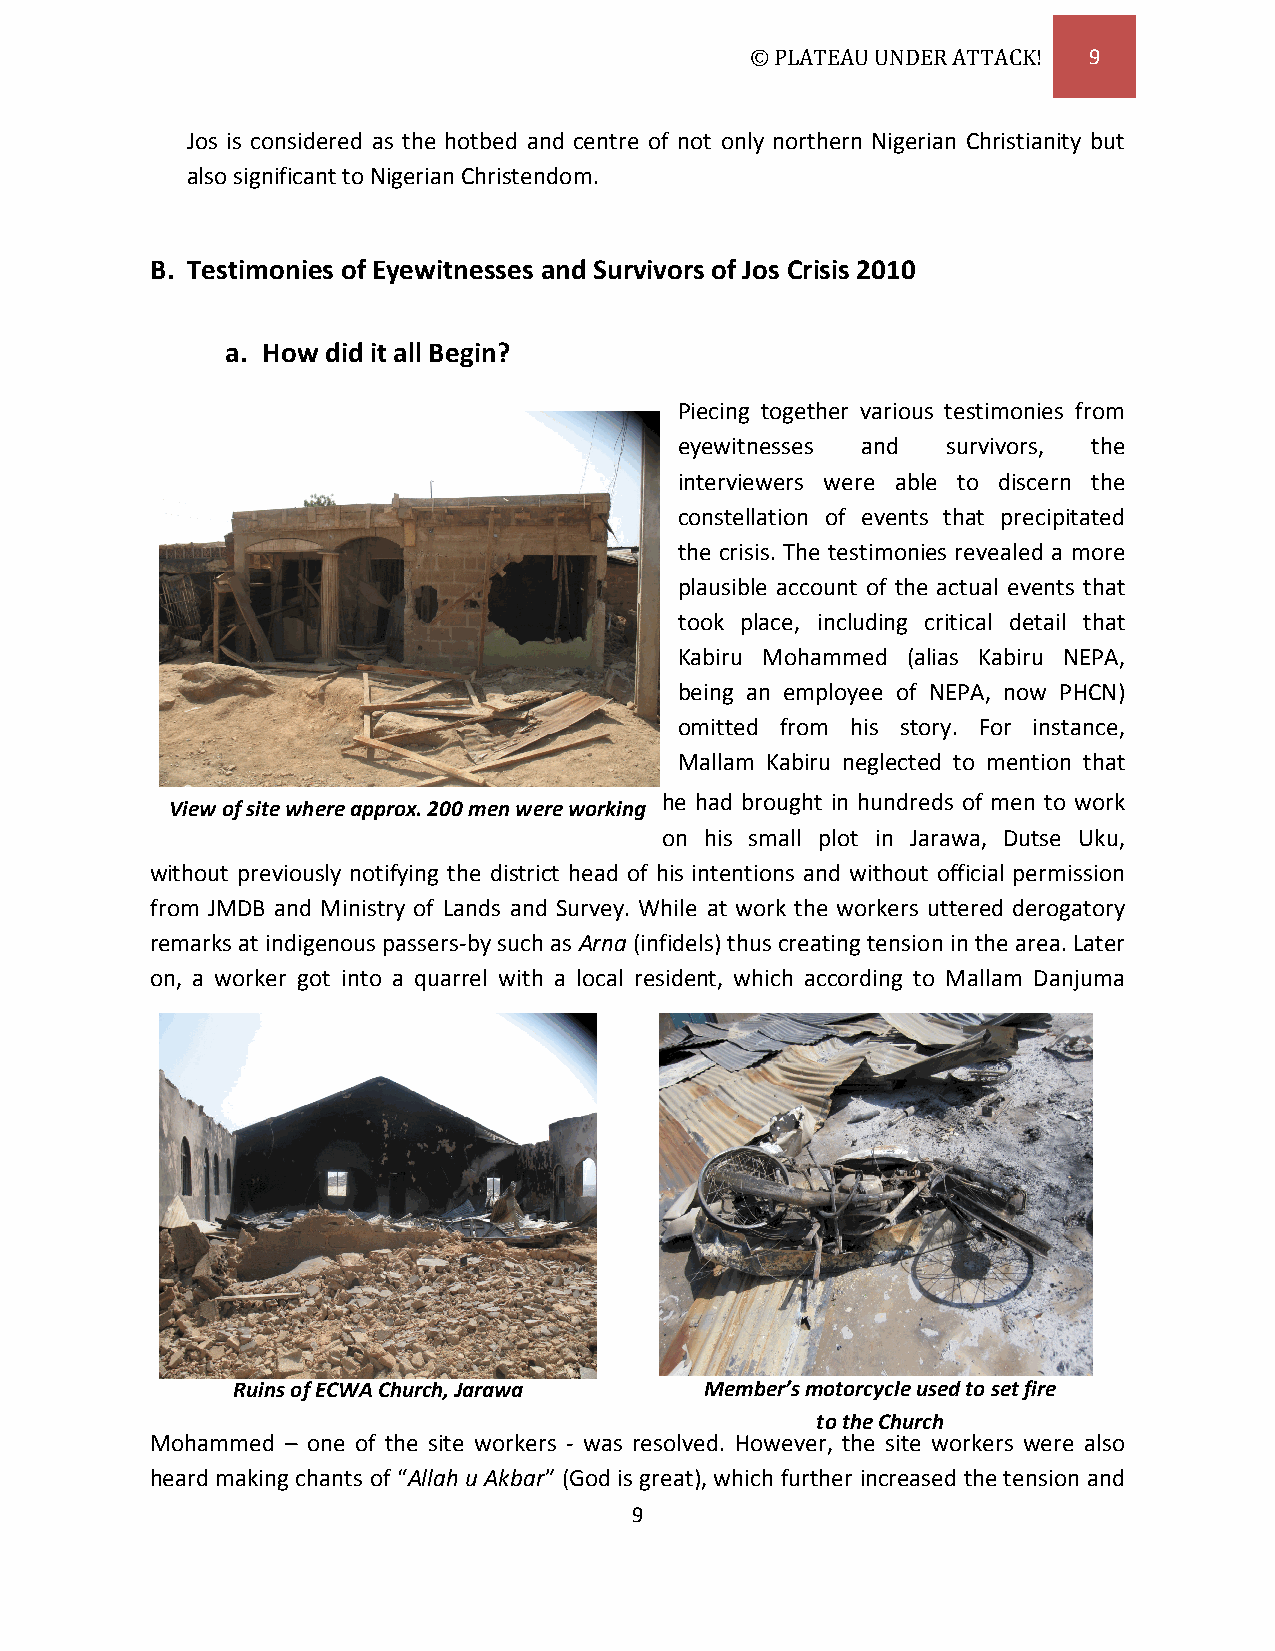
© PLATEAU UNDER ATTACK! 9
 Jos is considered as the hotbed and centre of not only northern Nigerian Christianity but
 also significant to Nigerian Christendom.
 B. Testimonies of Eyewitnesses and Survivors of Jos Crisis 2010
 a. How did it all Begin?
 Piecing together various testimonies from
 eyewitnesses and  survivors, the
 interviewers were able to discern the
 constellation of events that precipitated
 the crisis. The testimonies revealed a more
 plausible account of the actual events that
 took place, including critical detail that
 Kabiru Mohammed (alias Kabiru NEPA,
 being an employee of NEPA, now PHCN)
 omitted from his story. For instance,
 Mallam Kabiru neglected to mention that
 he had brought in hundreds of men to work
 View of site where approx. 200 men were working
 on his small plot in Jarawa, Dutse Uku,
 without previously notifying the district head of his intentions and without official permission
 from JMDB and Ministry of Lands and Survey. While at work the workers uttered derogatory
 remarks at indigenous passers-by such as Arna (infidels) thus creating tension in the area. Later
 on, a worker got into a quarrel with a local resident, which according to Mallam Danjuma
 Ruins of ECWA Church, Jarawa    Member’s motorcycle used to set fire
 to the Church
 Mohammed – one of the site workers - was resolved. However, the site workers were also
 heard making chants of “Allah u Akbar” (God is great), which further increased the tension and
 9